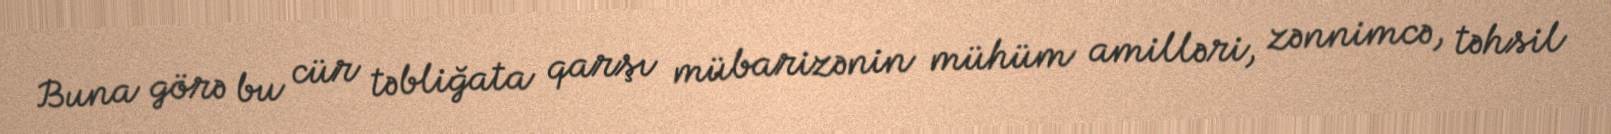
Buna görə bu cür təbliğata qarşı mübarizənin mühüm amilləri, zənnimcə, təhsil